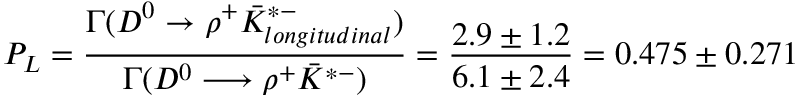
P _ { L } = { \frac { \Gamma ( D ^ { 0 } \rightarrow \rho ^ { + } \bar { K } _ { l o n g i t u d i n a l } ^ { * - } ) } { \Gamma ( D ^ { 0 } \longrightarrow \rho ^ { + } \bar { K } ^ { * - } ) } } = { \frac { 2 . 9 \pm 1 . 2 } { 6 . 1 \pm 2 . 4 } } = 0 . 4 7 5 \pm 0 . 2 7 1